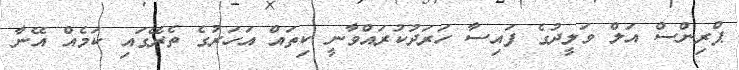
ޕްރިންސް އަލް ވަލީދުގެ ފައިސާ ހަރަދުކުރައްވާނީ ކިތައް އަހަރުގެ ތެރޭގައި ކަމެއް އޭނާ